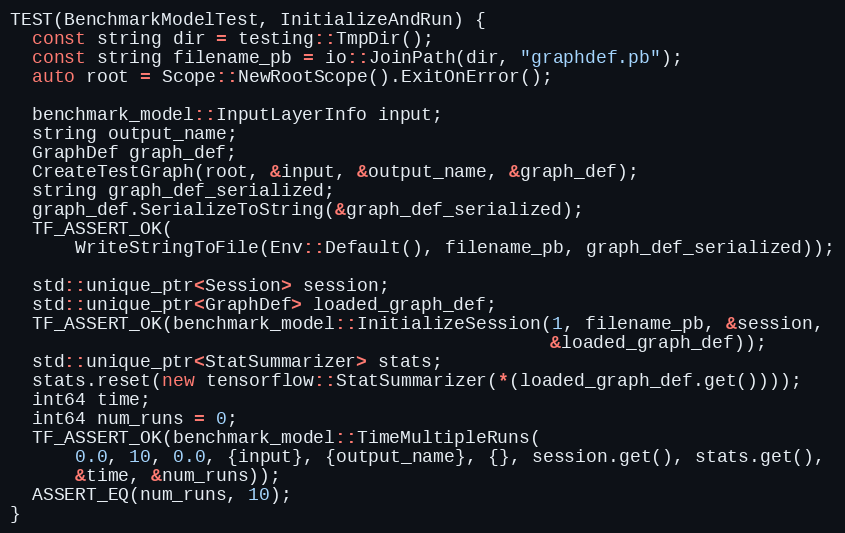
Language: C++
TEST(BenchmarkModelTest, InitializeAndRun) {
  const string dir = testing::TmpDir();
  const string filename_pb = io::JoinPath(dir, "graphdef.pb");
  auto root = Scope::NewRootScope().ExitOnError();

  benchmark_model::InputLayerInfo input;
  string output_name;
  GraphDef graph_def;
  CreateTestGraph(root, &input, &output_name, &graph_def);
  string graph_def_serialized;
  graph_def.SerializeToString(&graph_def_serialized);
  TF_ASSERT_OK(
      WriteStringToFile(Env::Default(), filename_pb, graph_def_serialized));

  std::unique_ptr<Session> session;
  std::unique_ptr<GraphDef> loaded_graph_def;
  TF_ASSERT_OK(benchmark_model::InitializeSession(1, filename_pb, &session,
                                                  &loaded_graph_def));
  std::unique_ptr<StatSummarizer> stats;
  stats.reset(new tensorflow::StatSummarizer(*(loaded_graph_def.get())));
  int64 time;
  int64 num_runs = 0;
  TF_ASSERT_OK(benchmark_model::TimeMultipleRuns(
      0.0, 10, 0.0, {input}, {output_name}, {}, session.get(), stats.get(),
      &time, &num_runs));
  ASSERT_EQ(num_runs, 10);
}